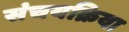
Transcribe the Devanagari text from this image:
संचयक्रिया